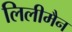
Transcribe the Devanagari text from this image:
लिलीमैन